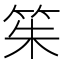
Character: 䇬